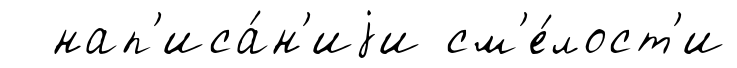
нап'иса́н'иjи см'е́лост'и